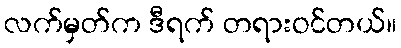
လက်မှတ်က ဒီရက် တရားဝင်တယ်။